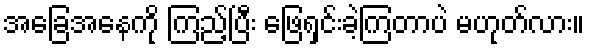
အခြေအနေကို ကြည့်ပြီး ဖြေရှင်းခဲ့ကြတာပဲ မဟုတ်လား။